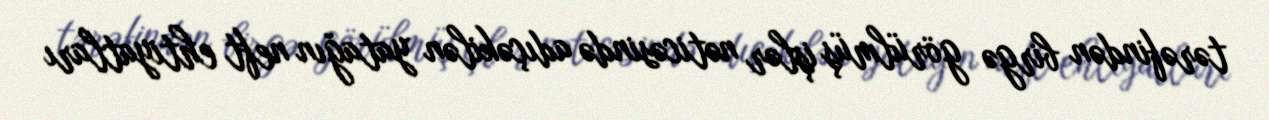
tərəfindən birgə görülmüş işlər nəticəsində adıçəkilən yatağın neft ehtiyatları